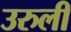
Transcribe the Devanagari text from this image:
उरुली